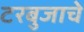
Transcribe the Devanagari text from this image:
टरबुजाचे